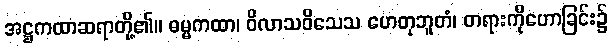
အဋ္ဌကထာဆရာတို့၏။ ဓမ္မကထာ၊ ဝိလာသဝိသေသ ဟေတုဘူတံ၊ တရားကိုဟောခြင်း၌